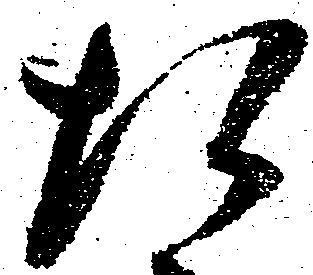
た